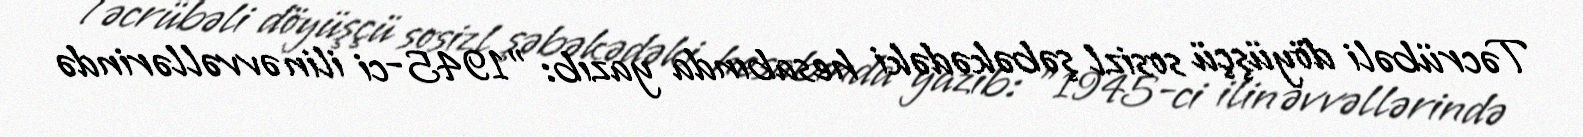
Təcrübəli döyüşçü sosizl şəbəkədəki hesabında yazıb: "1945-ci ilin əvvəllərində